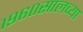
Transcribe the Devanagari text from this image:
१९६०सालच्या